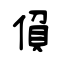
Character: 偩